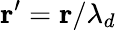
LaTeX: \mathbf{r}^{\prime}=\mathbf{r}/\lambda_{d}